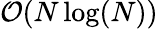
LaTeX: \mathcal{O}(N\log(N))